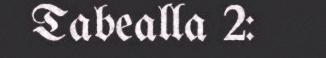
Tabealla 2: